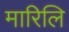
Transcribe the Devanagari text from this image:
मारिलि